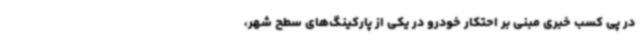
در پی کسب خبری مبنی بر احتکار خودرو در یکی از پارکینگ‌های سطح شهر،